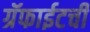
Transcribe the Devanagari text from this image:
ग्रॅफाईटची